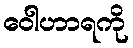
ဝေါဟာရကို